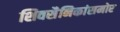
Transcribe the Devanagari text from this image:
शिवसैनिकांसमोर